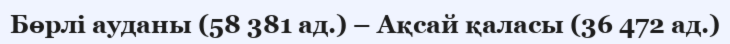
Бөрлі ауданы (58 381 ад.) – Ақсай қаласы (36 472 ад.)